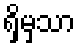
ရှိမှသာ